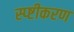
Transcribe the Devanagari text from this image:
स्प्ष्टीकरण